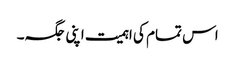
اس تمام کی اہمیت اپنی جگہ۔